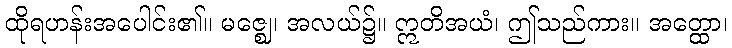
ထိုရဟန်းအပေါင်း၏။ မဇ္ဈေ၊ အလယ်၌။ ဣတိအယံ၊ ဤသည်ကား။ အတ္ထော၊